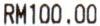
RM100.00